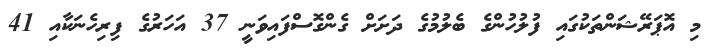
މި އޮޕަރޭޝަންތަކުގައި ފުލުހުންގެ ބެލުމުގެ ދަށަށް ގެންގޮސްފައިވަނީ 37 އަހަރުގެ ފިރިހެނަކާއި 41